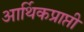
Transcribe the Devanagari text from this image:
आर्थिकप्राप्ती